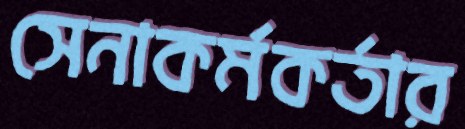
সেনাকর্মকর্তার